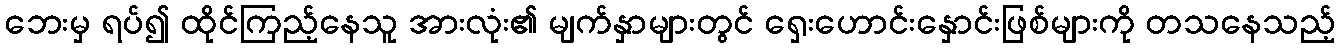
ဘေးမှ ရပ်၍ ထိုင်ကြည့်နေသူ အားလုံး၏ မျက်နှာများတွင် ရှေးဟောင်းနှောင်းဖြစ်များကို တသနေသည့်